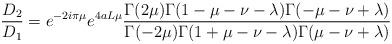
LaTeX: \begin{align*}\frac{D_2}{D_1}=e^{-2i\pi \mu}e^{4aL \mu} \frac{\Gamma(2\mu)\Gamma(1-\mu-\nu-\lambda)\Gamma(-\mu-\nu+\lambda)}{\Gamma(-2\mu)\Gamma(1+\mu-\nu-\lambda)\Gamma(\mu-\nu+\lambda)}\end{align*}